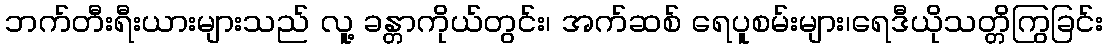
ဘက်တီးရီးယားများသည် လူ့ ခန္တာကိုယ်တွင်း၊ အက်ဆစ် ရေပူစမ်းများ၊ရေဒီယိုသတ္တိကြွခြင်း